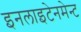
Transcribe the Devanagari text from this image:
इनलाइटेनमेन्ट